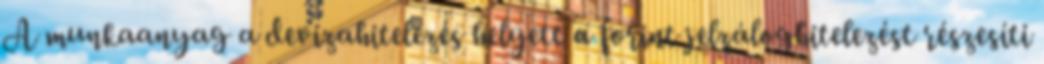
A munkaanyag a devizahitelezés helyett a forint jelzáloghitelezést részesíti